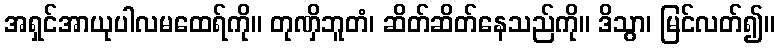
အရှင်အာယုပါလမထေရ်ကို။ တုဏှိဘူတံ၊ ဆိတ်ဆိတ်နေသည်ကို။ ဒိသွာ၊ မြင်လတ်၍။